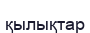
қылықтар